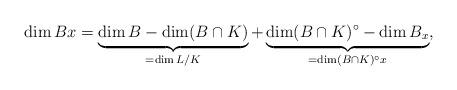
LaTeX: \begin{align*}\dim Bx= \underbrace{\dim B - \dim (B\cap K)}_{=\dim L/K} + \underbrace{\dim(B\cap K)^\circ - \dim B_x}_{=\dim (B\cap K)^\circ x},\end{align*}